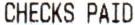
CHECKS PAID